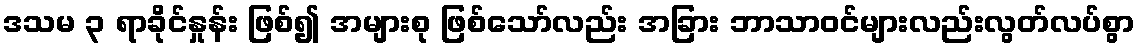
ဒသမ ၃ ရာခိုင်နှုန်း ဖြစ်၍ အများစု ဖြစ်သော်လည်း အခြား ဘာသာဝင်များလည်းလွတ်လပ်စွာ